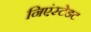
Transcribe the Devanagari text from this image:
निएंस्टेडट